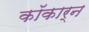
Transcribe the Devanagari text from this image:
कॉकार्न